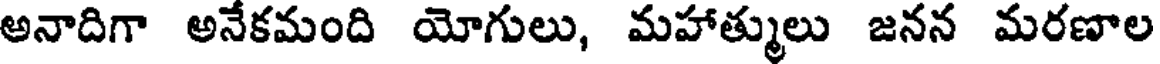
అనాదిగా అనేకమంది యోగులు, మహాత్ములు జనన మరణాల